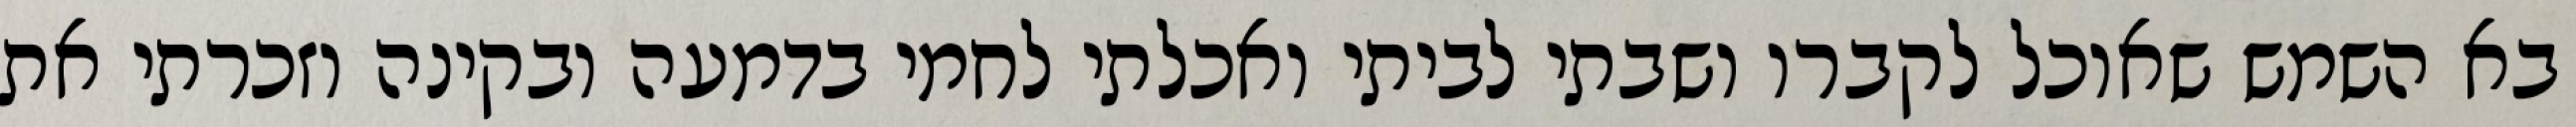
בא השמש שאוכל לקברו ושבתי לביתי ואכלתי לחמי בדמעה ובקינה וזכרתי את